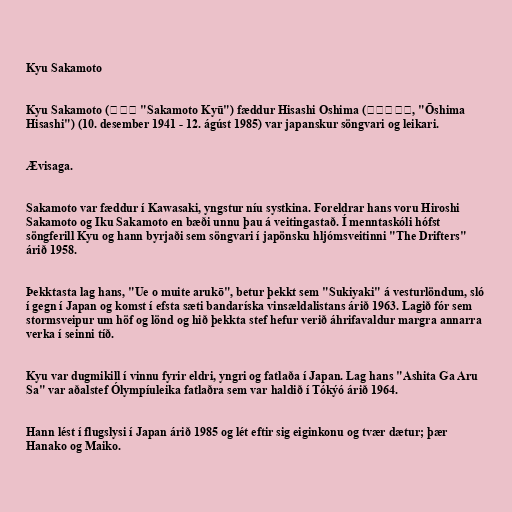
Kyu Sakamoto

Kyu Sakamoto (坂本九 "Sakamoto Kyū") fæddur Hisashi Oshima (大島ひさし, "Ōshima
Hisashi") (10. desember 1941 - 12. ágúst 1985) var japanskur söngvari og leikari.

Ævisaga.

Sakamoto var fæddur í Kawasaki, yngstur níu systkina. Foreldrar hans voru Hiroshi
Sakamoto og Iku Sakamoto en bæði unnu þau á veitingastað. Í menntaskóli hófst
söngferill Kyu og hann byrjaði sem söngvari í japönsku hljómsveitinni "The Drifters"
árið 1958.

Þekktasta lag hans, "Ue o muite arukō", betur þekkt sem "Sukiyaki" á vesturlöndum, sló
í gegn í Japan og komst í efsta sæti bandaríska vinsældalistans árið 1963. Lagið fór sem
stormsveipur um höf og lönd og hið þekkta stef hefur verið áhrifavaldur margra annarra
verka í seinni tíð.

Kyu var dugmikill í vinnu fyrir eldri, yngri og fatlaða í Japan. Lag hans "Ashita Ga Aru
Sa" var aðalstef Ólympíuleika fatlaðra sem var haldið í Tókýó árið 1964.

Hann lést í flugslysi í Japan árið 1985 og lét eftir sig eiginkonu og tvær dætur; þær
Hanako og Maiko.